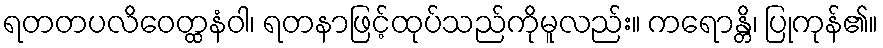
ရတတပလိဝေတ္ထနံဝါ၊ ရတနာဖြင့်ထုပ်သည်ကိုမူလည်း။ ကရောန္တိ၊ ပြုကုန်၏။